Code of medical and sanitary regulations for the guidance of medical officers serving in the Madras Presidency - Volume I
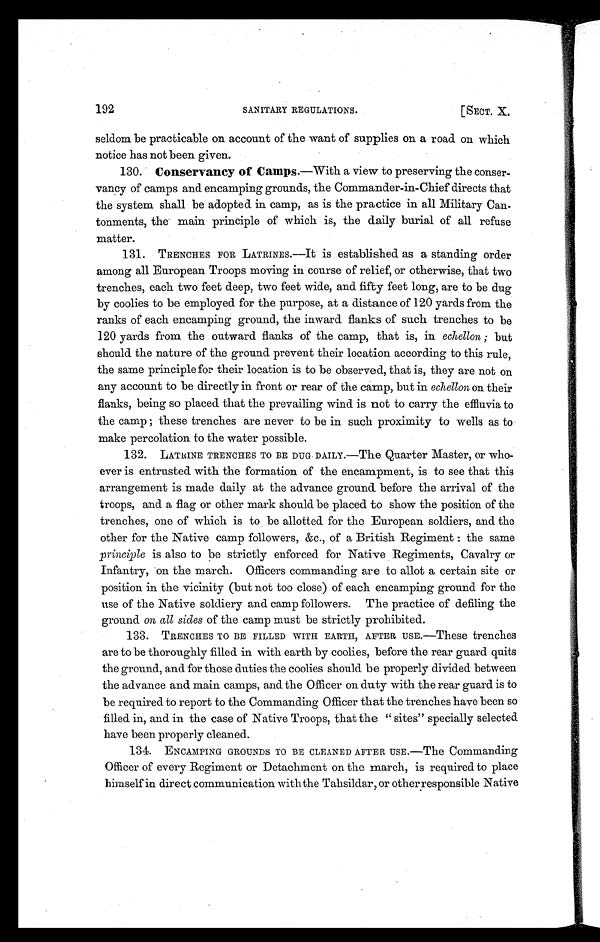
192
SANITARY REGULATIONS.
[SECT. X.
seldom be practicable on account of the want of supplies on a road on which
notice has not been given.
130. Conservancy of Camps.—With a view to preserving the conser-
vancy of camps and encamping grounds, the Commander-in-Chief directs that
the system shall be adopted in camp, as is the practice in all Military Can-
tonments, the main principle of which is, the daily burial of all refuse
matter.
131. TRENCHES FOR LATRINES.-It is established as a standing order
among all European Troops moving in course of relief, or otherwise, that two
trenches, each two feet deep, two feet wide, and fifty feet long, are to be dug
by coolies to be employed for the purpose, at a distance of 120 yards from the
ranks of each encamping ground, the inward flanks of such trenches to be
120 yards from the outward flanks of the camp, that is, in echellon; but
should the nature of the ground prevent their location according to this rule,
the same principle for their location is to be observed, that is, they are not on
any account to be directly in front or rear of the camp, but in echellon on their
flanks, being so placed that the prevailing wind is not to carry the effluvia to
the camp these trenches are never to be in such proximity to wells as to
make percolation to the water possible.
132. LATRINE TRENCHES TO BE DUG DAILY.—The Quarter Master, or who-
ever is entrusted with the formation of the encampment, is to see that this
arrangement is made daily at the advance ground. before the arrival of the
troops, and a flag or other mark should be placed to show the position of the
trenches, one of which is to be allotted for the European soldiers, and the
other for the Native camp followers, &c., of a British Regiment : the same
principle is also to be strictly enforced for Native Regiments, Cavalry or
Infantry, on the march. Officers commanding are to allot a certain site or
position in the vicinity (but not too close) of each encamping ground for the
use of the Native soldiery and camp followers. The practice of defiling the
ground on all sides of the camp must be strictly prohibited.
133. TRENCHES TO BE FILLED WITH EARTH, AFTER USE.—These trenches
are to be thoroughly filled in with earth by coolies, before the rear guard quits
the ground, and for those duties the coolies should be properly divided between
the advance and main camps, and the Officer on duty with the rear guard is to
be required to report to the Commanding Officer that the trenches have been so
filled in, and in the case of Native Troops, that the " sites" specially selected
have been properly cleaned.
134. ENCAMPING GROUNDS TO BE CLEANED AFTER USE.--The Commanding
Officer of every Regiment or Detachment on the march, is required to place
himself in direct communication with the Tahsildar, or other responsible Native